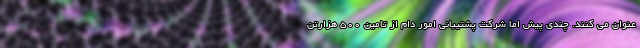
عنوان می کنند. چندی پیش اما شرکت پشتیبانی امور دام از تامین ۵۰۰ هزارتن